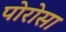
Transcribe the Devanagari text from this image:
पोरोसा